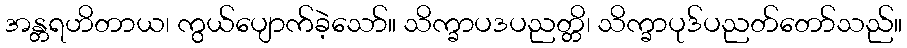
အန္တရဟိတာယ၊ ကွယ်ပျောက်ခဲ့သော်။ သိက္ခာပဒပညတ္တိ၊ သိက္ခာပုဒ်ပညတ်တော်သည်။